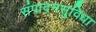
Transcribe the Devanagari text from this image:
संपादनसुविधा